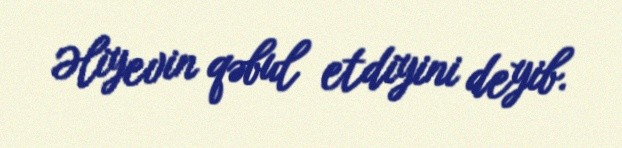
Əliyevin qəbul etdiyini deyib.